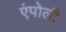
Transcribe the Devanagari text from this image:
एंपोली